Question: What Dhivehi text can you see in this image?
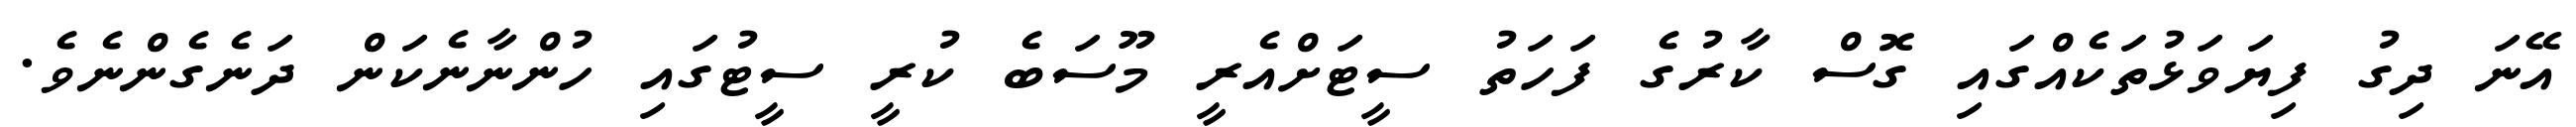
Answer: އޭނަ ދިގު ފިޔަވަޅުތަކެއްގައި ގޮސް ކާރުގެ ފަހަތު ސީޓަށްއެރީ މޫސަބެ ކުރީ ސީޓުގައި ހުންނާނެކަން ދަނެގެންނެވެ.